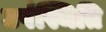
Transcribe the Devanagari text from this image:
उप॑स्थिति